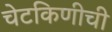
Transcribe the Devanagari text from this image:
चेटकिणीची